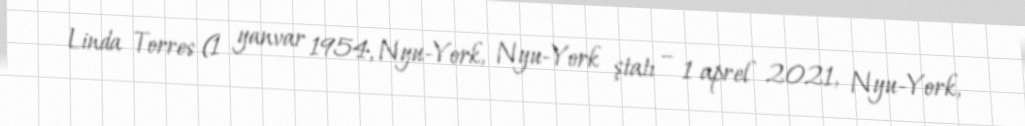
Linda Torres (1 yanvar 1954, Nyu-York, Nyu-York ştatı – 1 aprel 2021, Nyu-York,